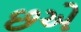
છએ